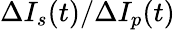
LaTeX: \Delta I_{s}(t)/\Delta I_{p}(t)